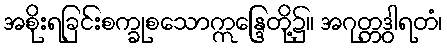
အစိုးရခြင်းစက္ခုစသောဣန္ဒြေတို့၌။ အဂုတ္တဒွါရတံ၊